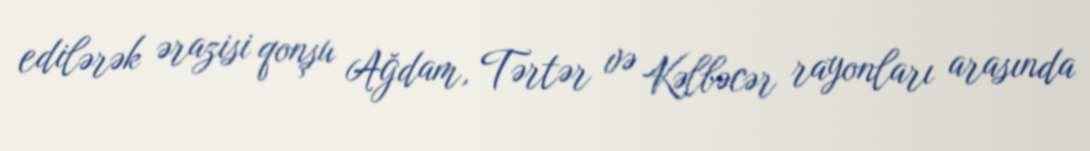
edilərək ərazisi qonşu Ağdam, Tərtər və Kəlbəcər rayonları arasında